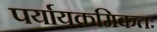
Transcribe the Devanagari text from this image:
पर्यायक्रमिकतः